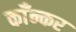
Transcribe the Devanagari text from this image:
काँन्कर